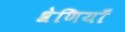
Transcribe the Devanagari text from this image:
श्रेणियॉं